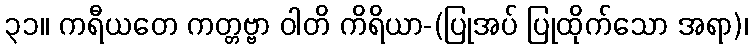
၃၁။ ကရီယတေ ကတ္တဗ္ဗာ ဝါတိ ကိရိယာ-(ပြုအပ် ပြုထိုက်သော အရာ)၊